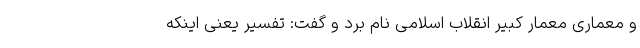
و معماری معمار کبیر انقلاب اسلامی نام برد و گفت: تفسیر یعنی اینکه